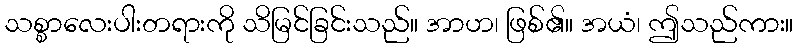
သစ္စာလေးပါးတရားကို သိမြင်ခြင်းသည်။ အာဟ၊ ဖြစ်၏။ အယံ၊ ဤသည်ကား။